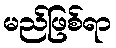
မည်ဖြစ်ရာ